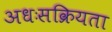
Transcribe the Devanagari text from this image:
अधःसक्रियता